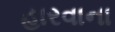
હારવાના